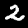
Label: 2